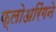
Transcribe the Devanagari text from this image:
फ्लोअरिंगने